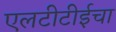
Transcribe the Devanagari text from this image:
एलटीटीईचा